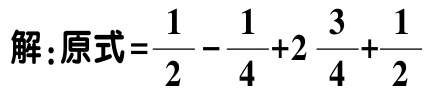
解：原式=\(\frac{1}{2} - \frac{1}{4}+2\frac{3}{4}+\frac{1}{2}\)